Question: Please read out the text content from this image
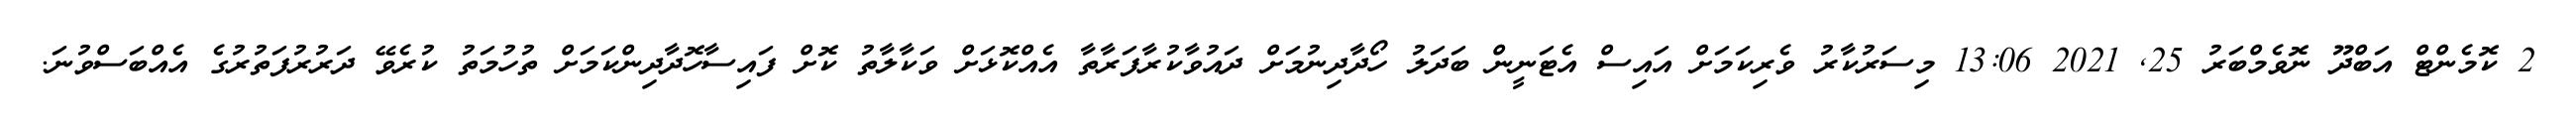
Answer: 2 ކޮމެންޓް އަބްދޫ ނޮވެމްބަރު 25, 2021 13:06 މިސަރުކާރު ވެރިކަމަށް އައިސް އެޓަނީން ބަދަލު ހޯދާދިނުމަށް ދައުވާކުރާފަރާތާ އެއްކޮޅަށް ވަކާލާތު ކޮށް ފައިސާހޮދާދިންކަމަށް ތުހުމަތު ކުރެވޭ ދަރުރުފަތުރުގެ އެއްބަސްވުނަ.